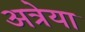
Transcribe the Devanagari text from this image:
अत्रेया